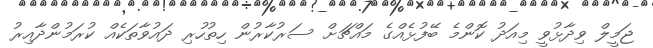
ޖަމީލް ވިދާޅުވީ މިއަދު ކޮންމެ ބޭފުޅެއްގެ މައްޗަށް ސަރުކާރުން ހިތުހުރި ދައުވާތަކެއް ކުރަމުންދާއިރު